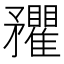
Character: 𥎡